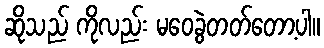
ဆိုသည် ကိုလည်း မဝေခွဲတတ်တော့ပါ။